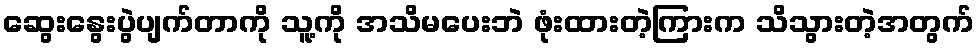
ဆွေးနွေးပွဲပျက်တာကို သူ့ကို အသိမပေးဘဲ ဖုံးထားတဲ့ကြားက သိသွားတဲ့အတွက်